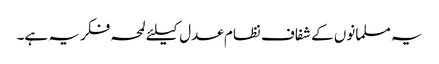
یہ مسلمانوں کے شفاف نظام عدل کیلئے لمحہ فکریہ ہے۔